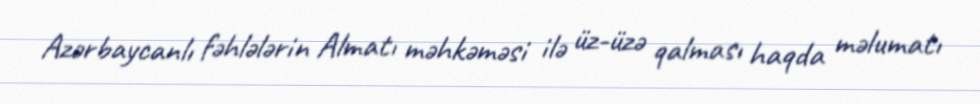
Azərbaycanlı fəhlələrin Almatı məhkəməsi ilə üz-üzə qalması haqda məlumatı